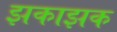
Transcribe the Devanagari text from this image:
झकाझक